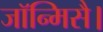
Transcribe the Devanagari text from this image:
जॉन्मिसै।